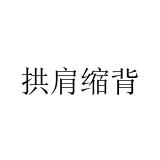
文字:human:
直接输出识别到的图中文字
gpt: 拱肩缩背